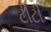
ટીટી